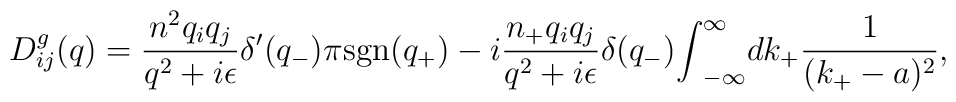
D^g_{ij}(q)=\frac{n^2q_iq_j}{q^2+i{\epsilon}}{\delta}^{\prime}(q_-){\pi}{\rm sgn}(q_+)-i\frac{n_+q_iq_j}{q^2+i{\epsilon}}{\delta}(q_-){\int}^{\infty}_{-\infty}dk_+\frac{1}{(k_+-a)^2},